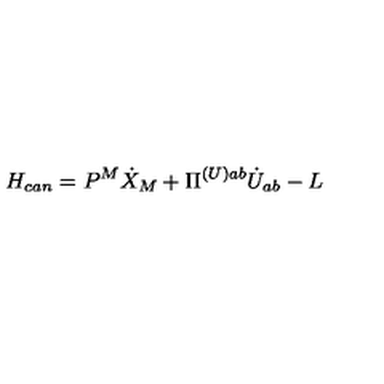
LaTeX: H _ { c a n } = P ^ { M } \dot { X } _ { M } + \Pi ^ { ( U ) a b } \dot { U } _ { a b } - L